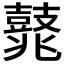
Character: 𪔛